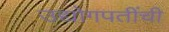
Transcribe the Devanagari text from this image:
उद्योगपतींची